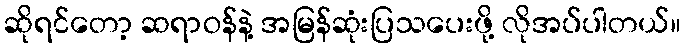
ဆိုရင်တော့ ဆရာဝန်နဲ့ အမြန်ဆုံးပြသပေးဖို့ လိုအပ်ပါတယ်။